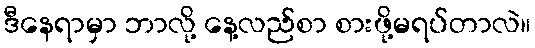
ဒီနေရာမှာ ဘာလို့ နေ့လည်စာ စားဖို့မရပ်တာလဲ။